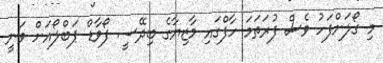
މި ގޯލަށްފަހު ވެސް ފުރަތަމަ ހާފްގައި މާޒިޔާގެ ބިދޭސީ ފޯވާޑް ޕަބްލޯއަށް ވަނީ